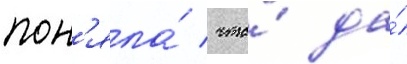
пон'яла́ / что́ да́